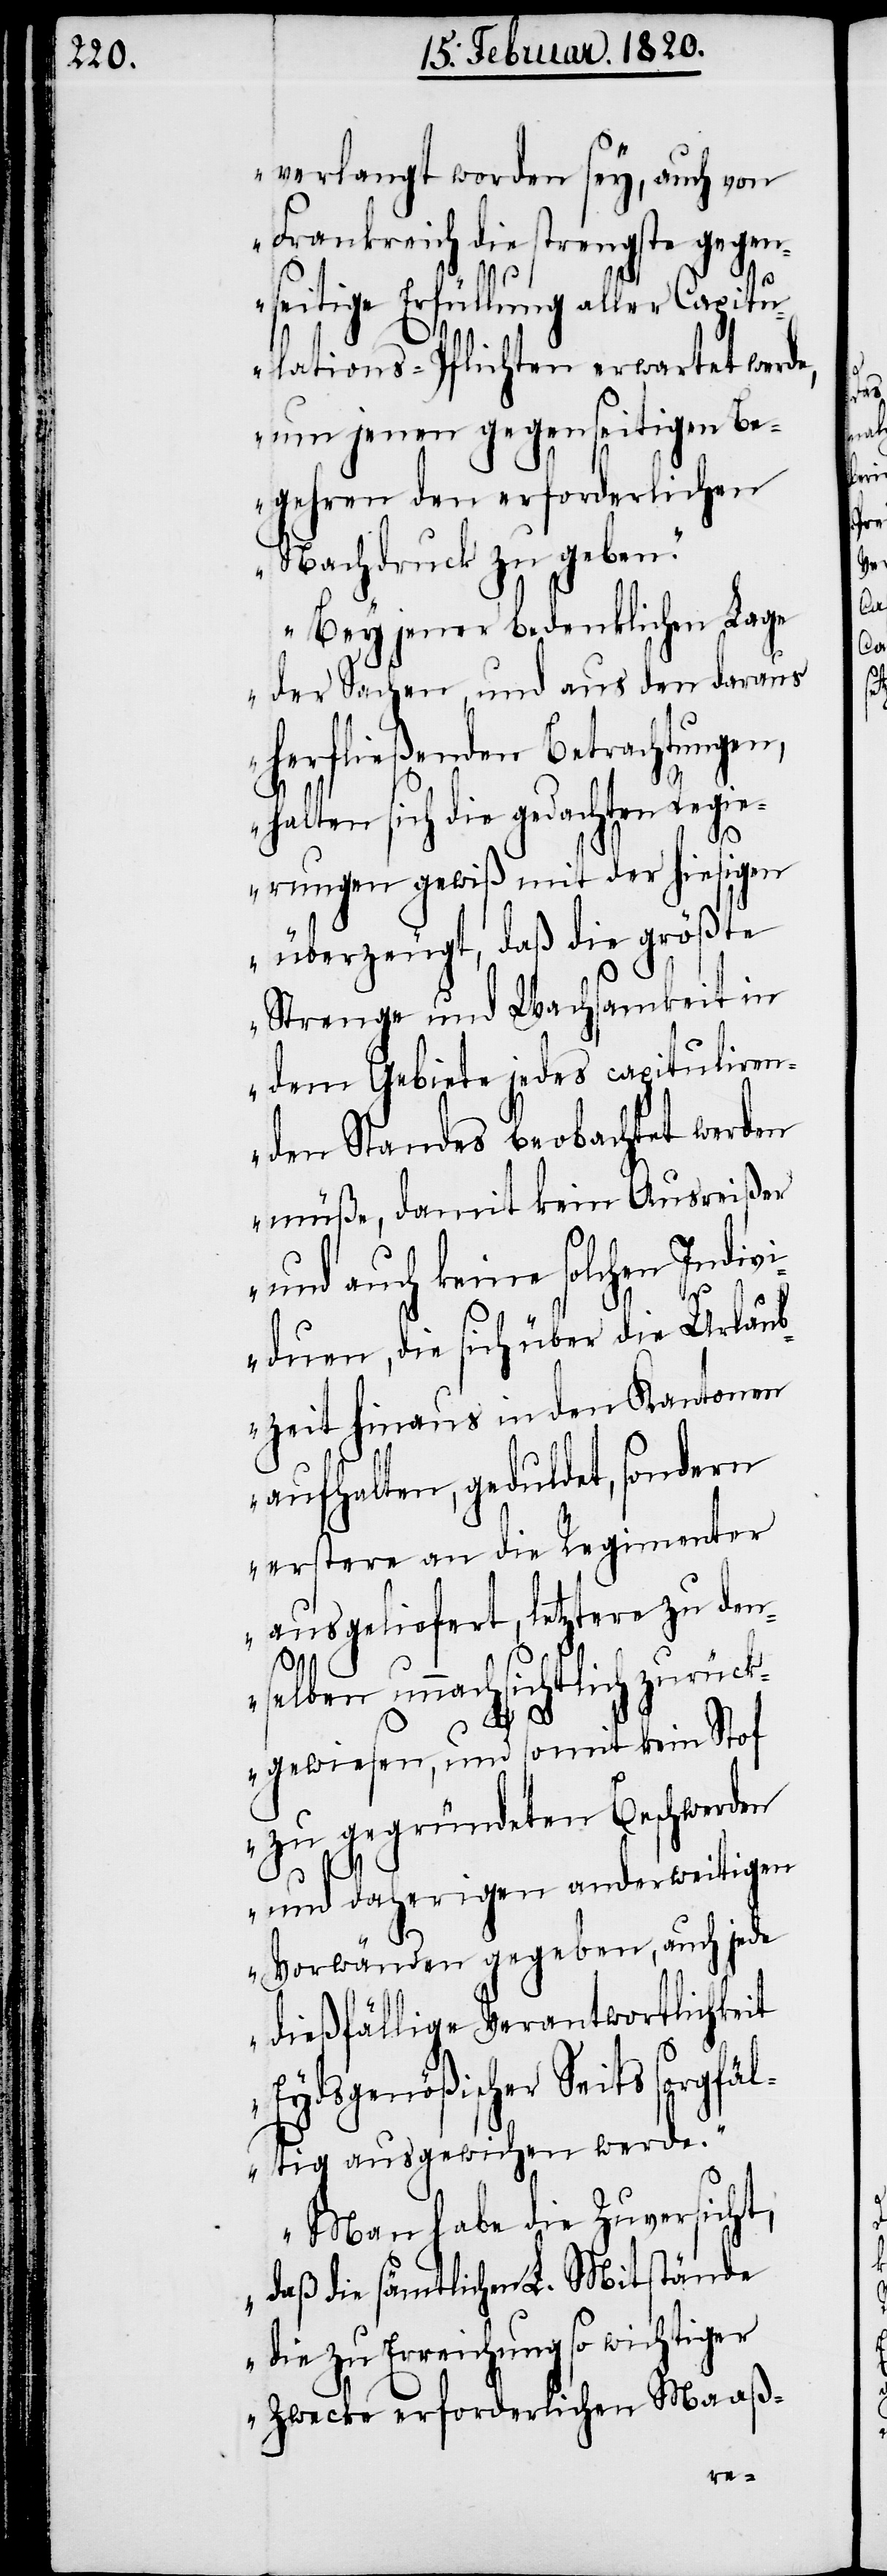
verlangt worden sey, auch von
Frankreich die strengste gegen¬
seitige Erfüllung aller Capitu¬
lations-Pflichten erwartet werd¬
e, um jenen gegenseitigen Be¬
gehren den erforderlichen
Nachdruck zu geben.“
„Bey jener bedenklichen Lage
der Sachen, und aus den daraus
herfließenden Betrachtungen,
halten sich die gedachten Regie¬
rungen gewiß mit der hiesigen
überzeugt, daß die größte
Strenge und Wachsamkeit in
dem Gebiete jedes capituliren¬
den Standes beobachtet werden
müße, damit kein Ausreißer
und auch keine solchen Indiv¬
iduen, die sich über die Urlaub¬
zeit hinaus in den Kantonen
aufhalten, geduldet, sondern
erstere an die Regimenter
ausgeliefert, letztere zu den¬
selben unnachsichtlich zurück¬
gewiesen, und somit kein Stof
zu gegründeten Beschwerden
und daherigen anderweitigen
Vorwänden gegeben, auch jede
dießfällige Verantwortlichkeit
Eydsgenößischer Seits sorgf¬
ältig ausgewichen werde.“
„Man habe die Zuversicht,
daß die sämtlichen L. Mitstände
die zu Erreichung so wichtiger
Zwecke erforderlichen Maaß-